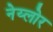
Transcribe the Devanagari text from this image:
नेय्लोर